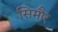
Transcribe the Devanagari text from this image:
सिमौर